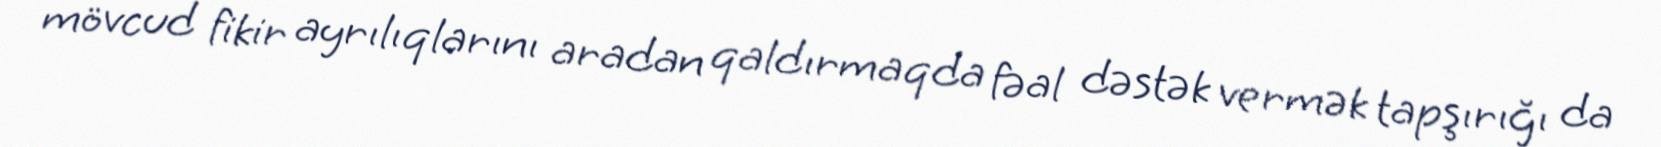
mövcud fikir ayrılıqlarını aradan qaldırmaqda fəal dəstək vermək tapşırığı da